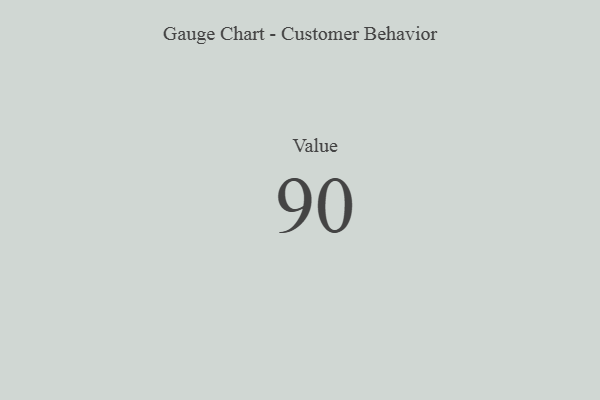
{"axis": {"x": "Metric", "y": "Value"}, "legend": [""], "data": [{"x": "Value", "y": 90, "type": ""}]}